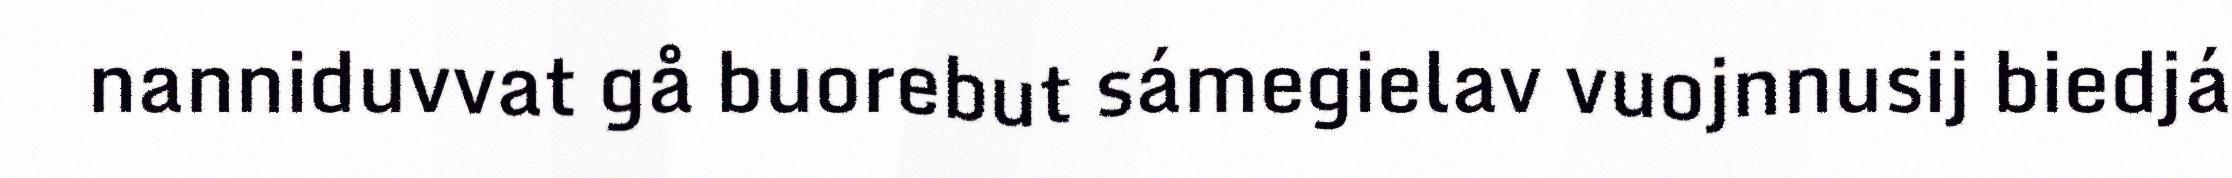
nanniduvvat gå buorebut sámegielav vuojnnusij biedjá